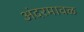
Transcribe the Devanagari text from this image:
अंदरमावळ